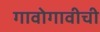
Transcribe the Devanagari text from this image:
गावोगावीची